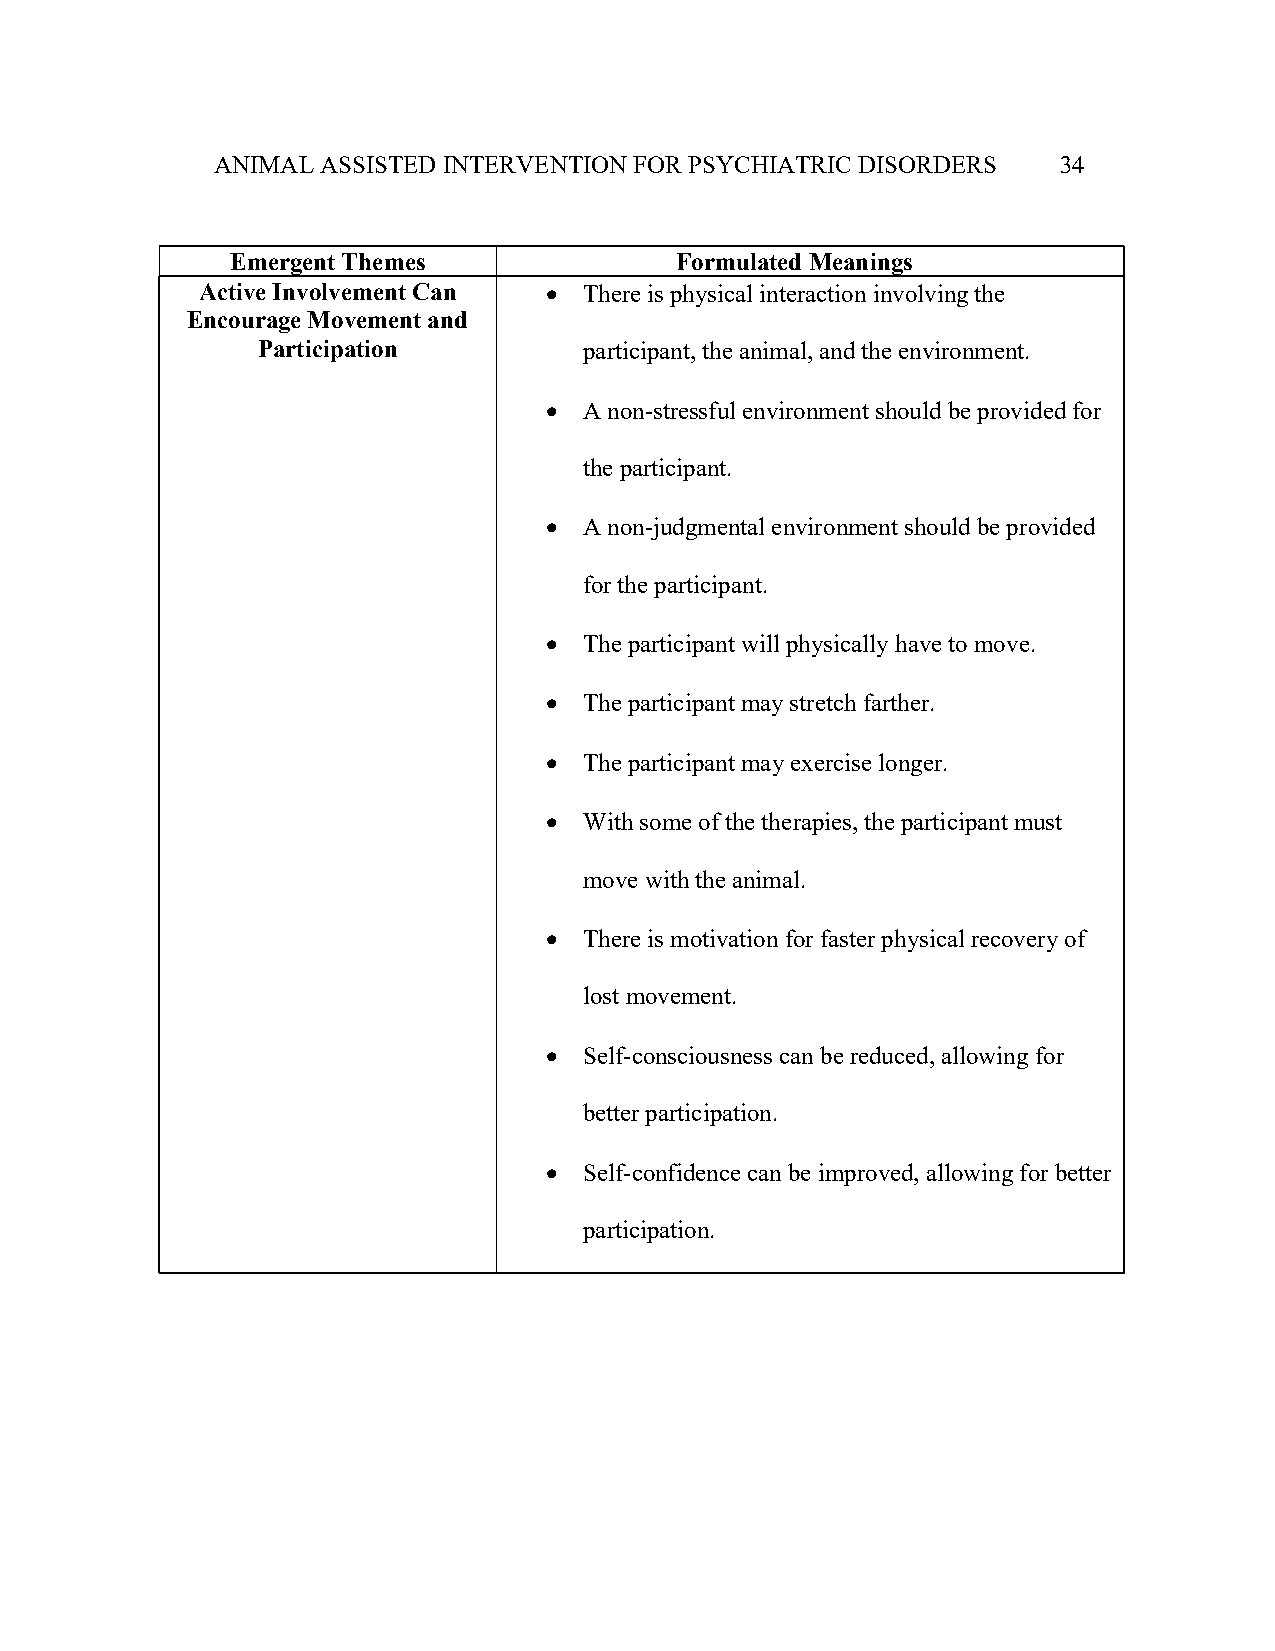
ANIMAL ASSISTED INTERVENTION FOR PSYCHIATRIC DISORDERS  34
 Emergent Themes               Formulated Meanings
 Active Involvement Can   There is physical interaction involving the
 Encourage Movement and
 Participation         participant, the animal, and the environment.
   A non-stressful environment should be provided for
 the participant.
   A non-judgmental environment should be provided
 for the participant.
   The participant will physically have to move.
   The participant may stretch farther.
   The participant may exercise longer.
   With some of the therapies, the participant must
 move with the animal.
   There is motivation for faster physical recovery of
 lost movement.
   Self-consciousness can be reduced, allowing for
 better participation.
   Self-confidence can be improved, allowing for better
 participation.